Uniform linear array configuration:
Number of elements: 64
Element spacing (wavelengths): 0.5
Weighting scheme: hann
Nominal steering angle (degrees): -60
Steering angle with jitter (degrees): -59.909
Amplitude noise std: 0.05
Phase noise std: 0.05

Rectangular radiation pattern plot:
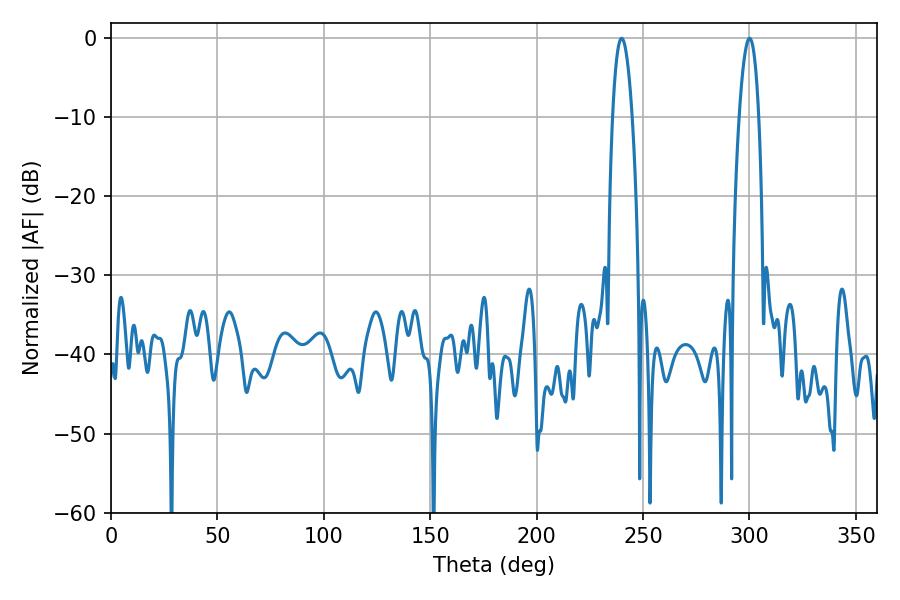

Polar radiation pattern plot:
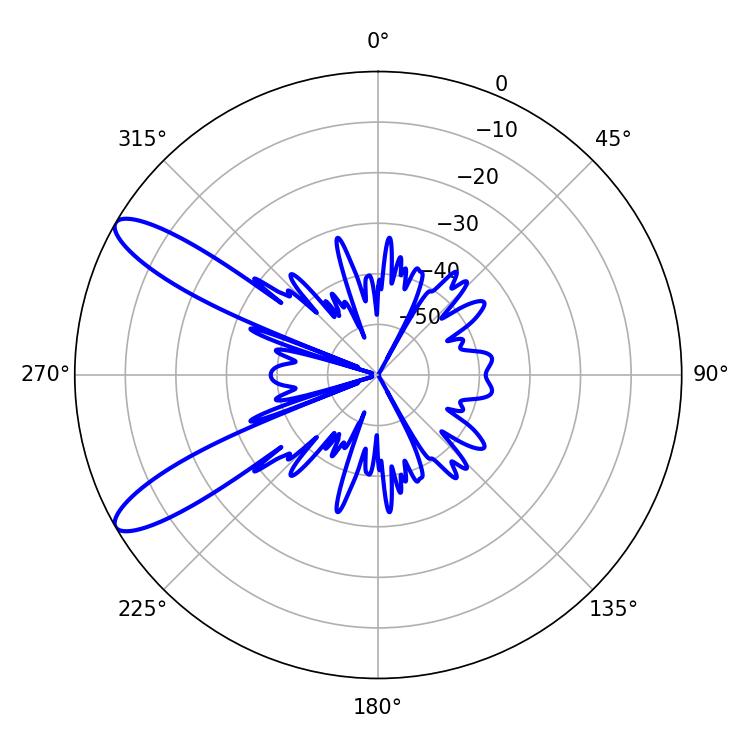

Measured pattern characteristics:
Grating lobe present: FALSE
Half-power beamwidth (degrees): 5.22
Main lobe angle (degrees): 239.94